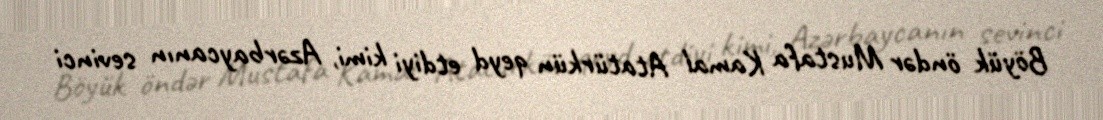
Böyük öndər Mustafa Kamal Atatürkün qeyd etdiyi kimi, Azərbaycanın sevinci